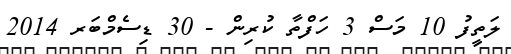
ލަތީފު 10 މަސް 3 ހަފްތާ ކުރިން - 30 ޑިސެމްބަރ 2014